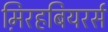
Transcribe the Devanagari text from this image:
म़िरहबियरर्स